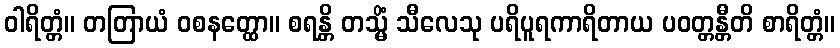
ဝါရိတ္တံ။ တတြာယံ ဝစနတ္ထော။ စရန္တိ တသ္မိံ သီလေသု ပရိပူရကာရိတာယ ပဝတ္တန္တီတိ စာရိတ္တံ။